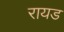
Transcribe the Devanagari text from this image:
रायड